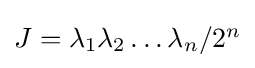
{\textstyle J=\lambda _{1}\lambda _{2}\ldots \lambda _{n}/2^{n}}